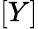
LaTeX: [Y]